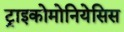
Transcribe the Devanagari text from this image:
ट्राइकोमोनियेसिस